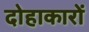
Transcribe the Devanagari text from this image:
दोहाकारों